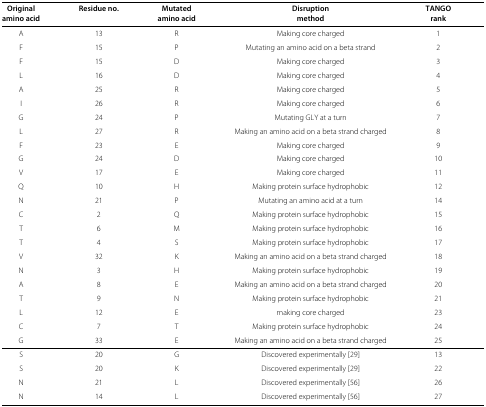
<table><thead><tr><td><b>Original</b></td><td><b>Residue no.</b></td><td><b>Mutated</b></td><td><b>Disruption</b></td><td><b>TANGO</b></td></tr><tr><td><b>amino acid</b></td><td></td><td><b>amino acid</b></td><td><b>method</b></td><td><b>rank</b></td></tr></thead><tbody><tr><td>A</td><td>13</td><td>R</td><td>Making core charged</td><td>1</td></tr><tr><td>F</td><td>15</td><td>P</td><td>Mutating an amino acid on a beta strand</td><td>2</td></tr><tr><td>F</td><td>15</td><td>D</td><td>Making core charged</td><td>3</td></tr><tr><td>L</td><td>16</td><td>D</td><td>Making core charged</td><td>4</td></tr><tr><td>A</td><td>25</td><td>R</td><td>Making core charged</td><td>5</td></tr><tr><td>I</td><td>26</td><td>R</td><td>Making core charged</td><td>6</td></tr><tr><td>G</td><td>24</td><td>P</td><td>Mutating GLY at a turn</td><td>7</td></tr><tr><td>L</td><td>27</td><td>R</td><td>Making an amino acid on a beta strand charged</td><td>8</td></tr><tr><td>F</td><td>23</td><td>E</td><td>Making core charged</td><td>9</td></tr><tr><td>G</td><td>24</td><td>D</td><td>Making core charged</td><td>10</td></tr><tr><td>V</td><td>17</td><td>E</td><td>Making core charged</td><td>11</td></tr><tr><td>Q</td><td>10</td><td>H</td><td>Making protein surface hydrophobic</td><td>12</td></tr><tr><td>N</td><td>21</td><td>P</td><td>Mutating an amino acid at a turn</td><td>14</td></tr><tr><td>C</td><td>2</td><td>Q</td><td>Making protein surface hydrophobic</td><td>15</td></tr><tr><td>T</td><td>6</td><td>M</td><td>Making protein surface hydrophobic</td><td>16</td></tr><tr><td>T</td><td>4</td><td>S</td><td>Making protein surface hydrophobic</td><td>17</td></tr><tr><td>V</td><td>32</td><td>K</td><td>Making an amino acid on a beta strand charged</td><td>18</td></tr><tr><td>N</td><td>3</td><td>H</td><td>Making protein surface hydrophobic</td><td>19</td></tr><tr><td>A</td><td>8</td><td>E</td><td>Making an amino acid on a beta strand charged</td><td>20</td></tr><tr><td>T</td><td>9</td><td>N</td><td>Making protein surface hydrophobic</td><td>21</td></tr><tr><td>L</td><td>12</td><td>E</td><td>making core charged</td><td>23</td></tr><tr><td>C</td><td>7</td><td>T</td><td>Making protein surface hydrophobic</td><td>24</td></tr><tr><td>G</td><td>33</td><td>E</td><td>Making an amino acid on a beta strand charged</td><td>25</td></tr><tr><td>S</td><td>20</td><td>G</td><td>Discovered experimentally [29]</td><td>13</td></tr><tr><td>S</td><td>20</td><td>K</td><td>Discovered experimentally [29]</td><td>22</td></tr><tr><td>N</td><td>21</td><td>L</td><td>Discovered experimentally [56]</td><td>26</td></tr><tr><td>N</td><td>14</td><td>L</td><td>Discovered experimentally [56]</td><td>27</td></tr></tbody></table>